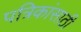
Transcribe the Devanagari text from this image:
पत्रिकांसाठी